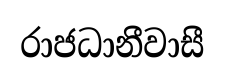
රාජධානීවාසී